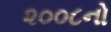
૨૦૦૮નો